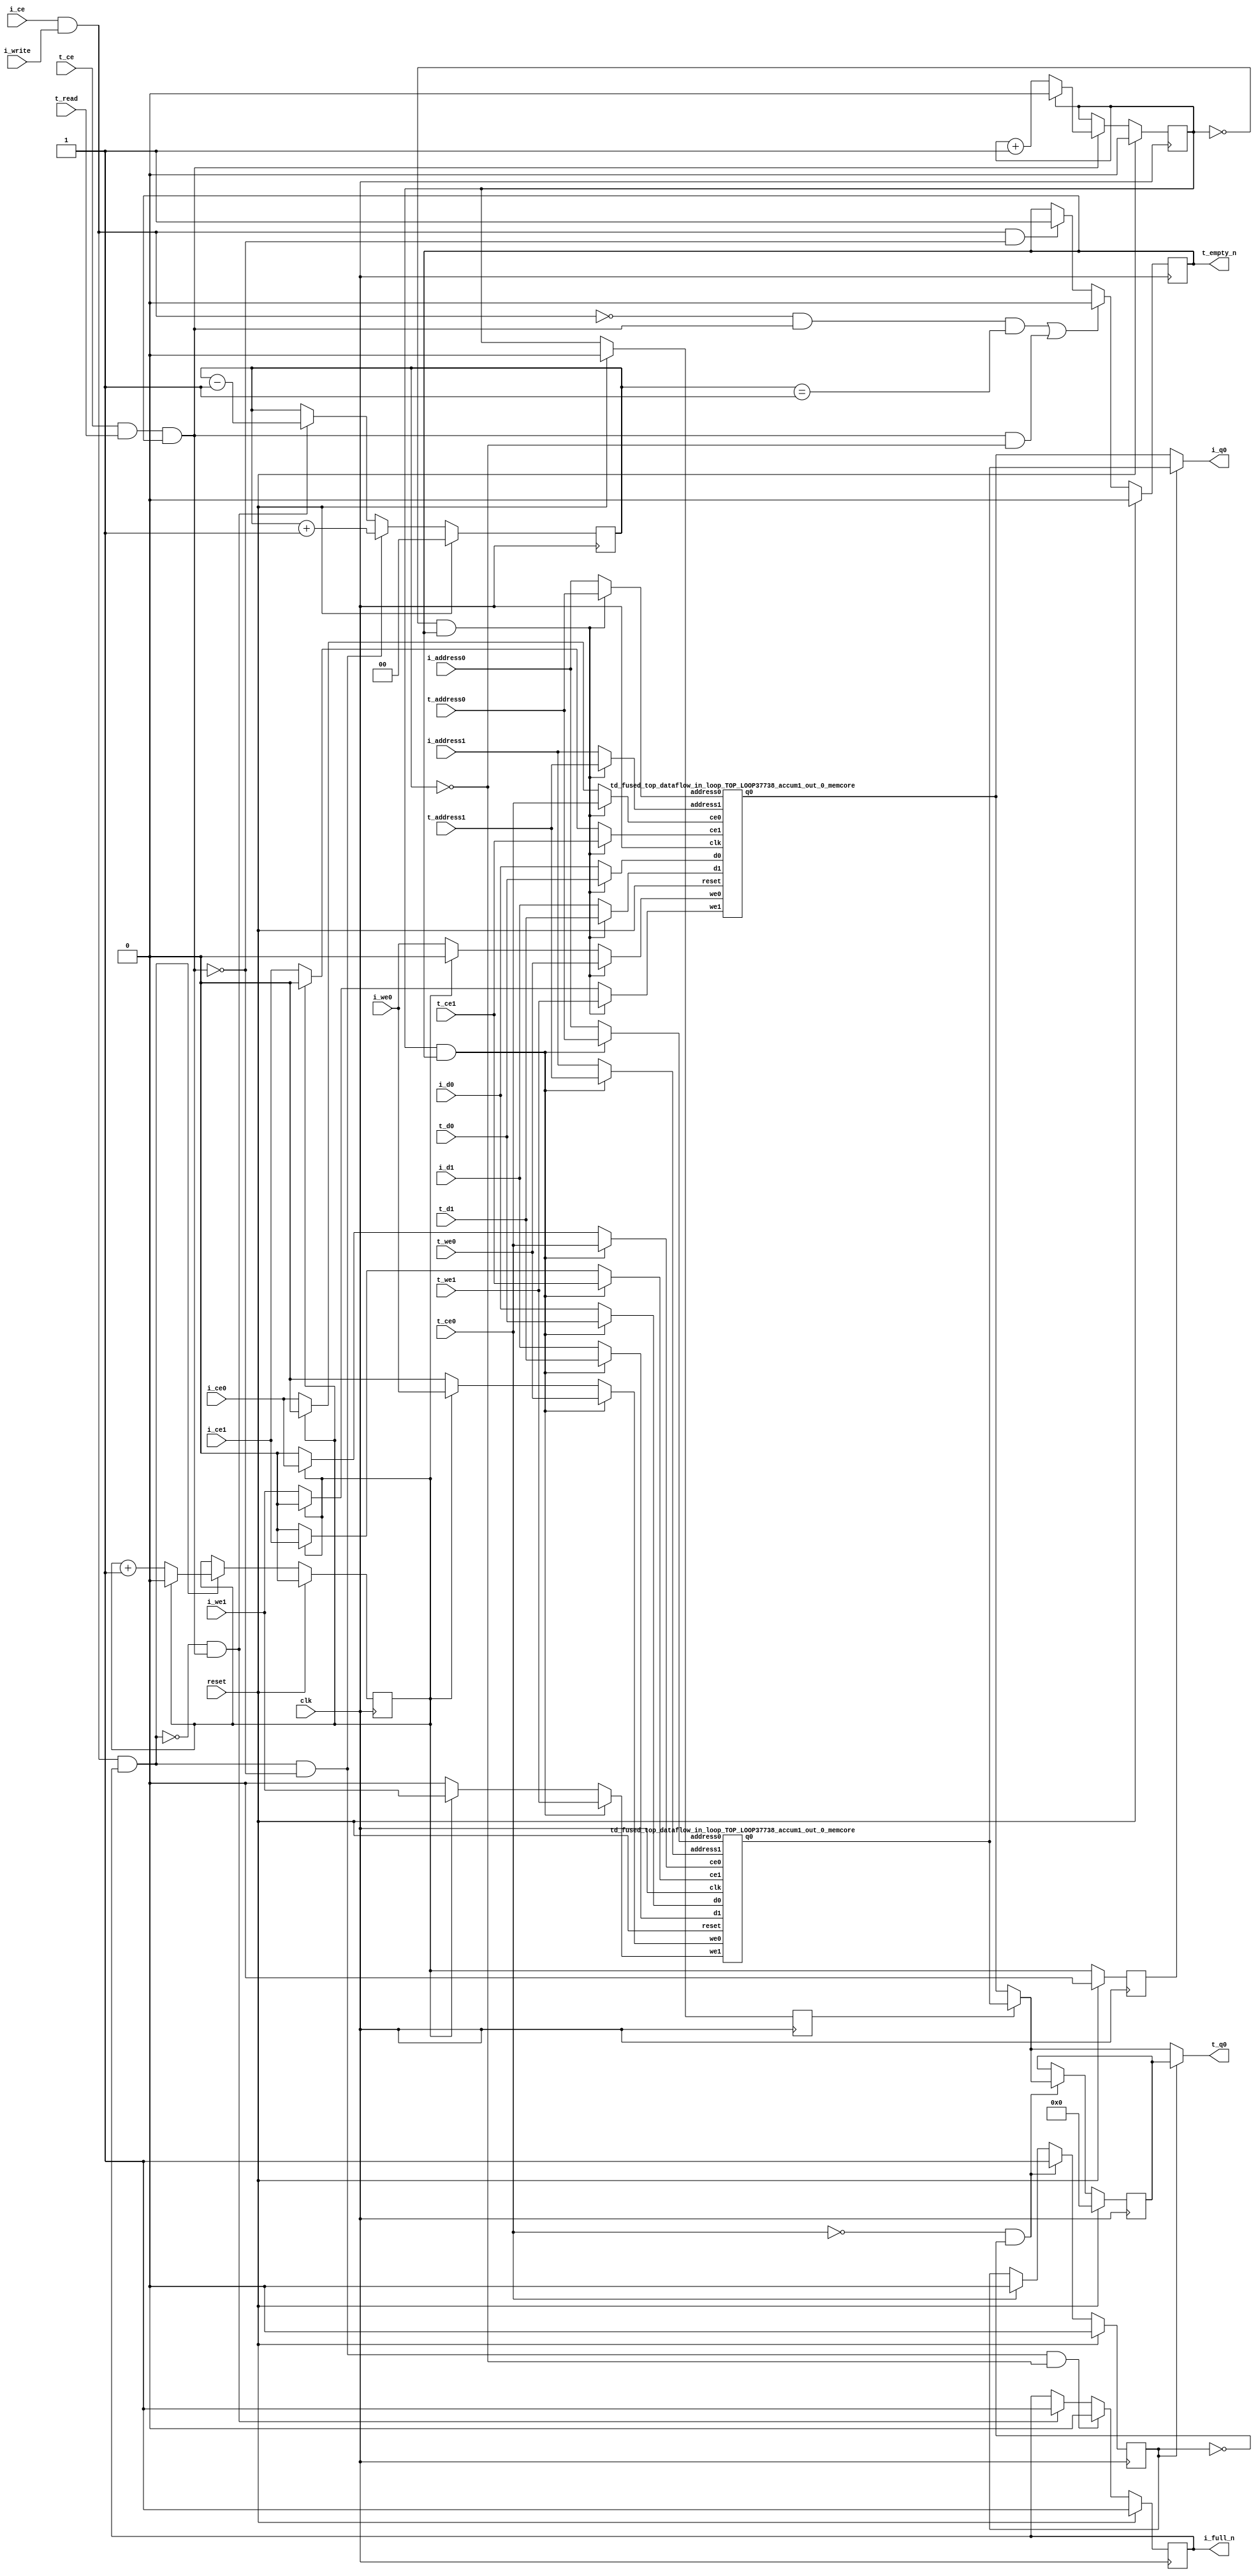
`define EXPONENT 5
`define MANTISSA 10
`define ACTUAL_MANTISSA 11
`define EXPONENT_LSB 10
`define EXPONENT_MSB 14
`define MANTISSA_LSB 0
`define MANTISSA_MSB 9
`define MANTISSA_MUL_SPLIT_LSB 3
`define MANTISSA_MUL_SPLIT_MSB 9
`define SIGN 1
`define SIGN_LOC 15
`define DWIDTH (`SIGN+`EXPONENT+`MANTISSA)
`define IEEE_COMPLIANCE 1

module td_fused_top_dataflow_in_loop_TOP_LOOP37738_accum1_out_0
#(parameter
    DataWidth    = 16,
    AddressRange = 32,
    AddressWidth = 3,
    BufferCount  = 2,
    MemLatency   = 1,
    IndexWidth   = 1
) (
    // system signals
    input  wire                    clk,
    input  wire                    reset,
    // initiator
    input  wire                    i_ce,
    input  wire                    i_write,
    output wire                    i_full_n,
    input  wire                    i_ce0,
    input  wire                    i_we0,
    input  wire [AddressWidth-1:0] i_address0,
    input  wire [DataWidth-1:0]    i_d0,
    output wire [DataWidth-1:0]    i_q0,
    input  wire                    i_ce1,
    input  wire                    i_we1,
    input  wire [AddressWidth-1:0] i_address1,
    input  wire [DataWidth-1:0]    i_d1,
    // target
    input  wire                    t_ce,
    input  wire                    t_read,
    output wire                    t_empty_n,
    input  wire                    t_ce0,
    input  wire                    t_we0,
    input  wire [AddressWidth-1:0] t_address0,
    input  wire [DataWidth-1:0]    t_d0,
    output wire [DataWidth-1:0]    t_q0,
    input  wire                    t_ce1,
    input  wire                    t_we1,
    input  wire [AddressWidth-1:0] t_address1,
    input  wire [DataWidth-1:0]    t_d1
);
//------------------------Local signal-------------------
// control/status
reg  [IndexWidth-1:0]   iptr    = 1'b0; // initiator index
reg  [IndexWidth-1:0]   tptr    = 1'b0; // target index
reg  [IndexWidth-1:0]   prev_iptr    = 1'b0; // previous initiator index
reg  [IndexWidth-1:0]   prev_tptr    = 1'b0; // previous target index
reg  [DataWidth-1:0]    reg_q0      = 1'b0; // buffer used if reader is stalled
reg                     reg_valid0    = 1'b0; // buffer has valid data
reg  [DataWidth-1:0]    reg_q1      = 1'b0; // buffer used if reader is stalled
reg                     reg_valid1    = 1'b0; // buffer has valid data
reg  [IndexWidth:0]     count   = 1'b0; // count of written buffers
reg                     full_n  = 1'b1; // whether all buffers are written
reg                     empty_n = 1'b0; // whether none of the buffers is written
wire                    push_buf;       // finish writing a buffer
wire                    write_buf;      // write a buffer
wire                    pop_buf;        // finish reading a buffer
// buffer signals
wire [BufferCount-1:0] buf_ce0;
wire [BufferCount-1:0] buf_we0;
wire [AddressWidth-1:0] buf_a0_0, buf_a0_1;
wire [DataWidth-1:0] buf_d0_0, buf_d0_1;
wire [DataWidth-1:0] buf_q0_0, buf_q0_1;
wire [BufferCount-1:0] buf_ce1;
wire [BufferCount-1:0] buf_we1;
wire [AddressWidth-1:0] buf_a1_0, buf_a1_1;
wire [DataWidth-1:0] buf_d1_0, buf_d1_1;
//------------------------Instantiation------------------
//genvar i;
        td_fused_top_dataflow_in_loop_TOP_LOOP37738_accum1_out_0_memcore td_fused_top_dataflow_in_loop_TOP_LOOP37738_accum1_out_0_memcore_U_0 (
            .reset    ( reset ),
            .clk      ( clk ),
            .address0 ( buf_a0_0 ),
            .ce0      ( buf_ce0[ 0 ] ),
            .we0      ( buf_we0[ 0 ] ),
            .d0       ( buf_d0_0 ),
            .q0       ( buf_q0_0 ),
            .address1 ( buf_a1_0 ),
            .ce1      ( buf_ce1[ 0 ] ),
            .we1      ( buf_we1[ 0 ] ),
            .d1       ( buf_d1_0 )
        );
        td_fused_top_dataflow_in_loop_TOP_LOOP37738_accum1_out_0_memcore td_fused_top_dataflow_in_loop_TOP_LOOP37738_accum1_out_0_memcore_U_1 (
            .reset    ( reset ),
            .clk      ( clk ),
            .address0 ( buf_a0_1 ),
            .ce0      ( buf_ce0[ 1 ] ),
            .we0      ( buf_we0[ 1 ] ),
            .d0       ( buf_d0_1 ),
            .q0       ( buf_q0_1 ),
            .address1 ( buf_a1_1 ),
            .ce1      ( buf_ce1[ 1 ] ),
            .we1      ( buf_we1[ 1 ] ),
            .d1       ( buf_d1_1 )
        );

//++++++++++++++++++++++++buffer signals+++++++++++++++++
        assign buf_ce0[ 0 ] = (tptr ==  0  && empty_n) ? t_ce0
                             : (iptr ==  0 ) ? i_ce0 : 1'b0;
        assign buf_a0_0  = (tptr ==  0  && empty_n) ?  t_address0 : i_address0;
        assign buf_we0[ 0 ] = (tptr ==  0  && empty_n)  ? t_we0
                             : (iptr ==  0 ) ? i_we0 : 1'b0;
        assign buf_d0_0  = (tptr ==  0  && empty_n) ? t_d0       : i_d0;
        assign buf_ce1[ 0 ] = (tptr ==  0  && empty_n) ? t_ce1
                             : (iptr ==  0 ) ? i_ce1 : 1'b0;
        assign buf_a1_0  = (tptr ==  0  && empty_n) ?  t_address1 : i_address1;
        assign buf_we1[ 0 ] = (tptr ==  0  && empty_n)  ? t_we1
                             : (iptr ==  0 ) ? i_we1 : 1'b0;
        assign buf_d1_0  = (tptr ==  0  && empty_n) ? t_d1       : i_d1;
        assign buf_ce0[ 1 ] = (tptr ==  1  && empty_n) ? t_ce0
                             : (iptr ==  1 ) ? i_ce0 : 1'b0;
        assign buf_a0_1  = (tptr ==  1  && empty_n) ?  t_address0 : i_address0;
        assign buf_we0[ 1 ] = (tptr ==  1  && empty_n)  ? t_we0
                             : (iptr ==  1 ) ? i_we0 : 1'b0;
        assign buf_d0_1  = (tptr ==  1  && empty_n) ? t_d0       : i_d0;
        assign buf_ce1[ 1 ] = (tptr ==  1  && empty_n) ? t_ce1
                             : (iptr ==  1 ) ? i_ce1 : 1'b0;
        assign buf_a1_1  = (tptr ==  1  && empty_n) ?  t_address1 : i_address1;
        assign buf_we1[ 1 ] = (tptr ==  1  && empty_n)  ? t_we1
                             : (iptr ==  1 ) ? i_we1 : 1'b0;
        assign buf_d1_1  = (tptr ==  1  && empty_n) ? t_d1       : i_d1;
//+++++++++++++++++++++++++++++++++++++++++++++++++++++++

//------------------------Body---------------------------
assign i_q0      = (prev_iptr == 1'b1 ? buf_q0_1 : buf_q0_0);
assign t_q0      = reg_valid0 ? reg_q0 : (prev_tptr == 1'b1 ? buf_q0_1 : buf_q0_0);

//++++++++++++++++++++++++output+++++++++++++++++++++++++
assign i_full_n  = full_n;
assign t_empty_n = empty_n;
//+++++++++++++++++++++++++++++++++++++++++++++++++++++++

//++++++++++++++++++++++++control/status+++++++++++++++++
assign push_buf = i_ce & i_write & full_n;
assign write_buf = i_ce & i_write;
assign pop_buf  = t_ce & t_read & empty_n;

// iptr
always @(posedge clk) begin
    if (reset == 1'b1)
        iptr <= 1'b0;
    else if (push_buf) begin
        if (iptr == BufferCount - 1'b1)
            iptr <= 1'b0;
        else
            iptr <= iptr + 1'b1;
    end
end

// tptr
always @(posedge clk) begin
    if (reset == 1'b1)
        tptr <= 1'b0;
    else if (pop_buf) begin
        if (tptr == BufferCount - 1'b1)
            tptr <= 1'b0;
        else
            tptr <= tptr + 1'b1;
    end
end

// prev_iptr
always @(posedge clk) begin
    if (reset == 1'b1)
        prev_iptr <= 1'b0;
    else begin
        prev_iptr <= iptr;
    end
end

// prev_tptr
always @(posedge clk) begin
    if (reset == 1'b1)
        prev_tptr <= 1'b0;
    else begin
        prev_tptr <= tptr;
    end
end

// reg_q0 and reg_valid0
always @(posedge clk) begin
    if (reset == 1'b1) begin
        reg_q0     <= 1'b0;
        reg_valid0 <= 1'b0;
    end else if (!t_ce0 && !reg_valid0) begin
        reg_q0     <= (prev_tptr == 1'b1 ? buf_q0_1 : buf_q0_0);
        reg_valid0 <= 1'b1;
    end else if (t_ce0) begin
        reg_valid0 <= 1'b0;
    end
end

// count
always @(posedge clk) begin
    if (reset == 1'b1)
        count <= 1'b0;
    else if (push_buf && !pop_buf)
        count <= count + 1'b1;
    else if (!push_buf && pop_buf)
        count <= count - 1'b1;
end

// full_n
always @(posedge clk) begin
    if (reset == 1'b1)
        full_n <= 1'b1;
    else if (push_buf && !pop_buf && count == BufferCount - 2'd2)
        full_n <= 1'b0;
    else if (!push_buf && pop_buf)
        full_n <= 1'b1;
end

// empty_n
always @(posedge clk) begin
    if (reset == 1'b1)
        empty_n <= 1'b0;
    else if ((!write_buf && pop_buf && count == 1'b1)
             || (pop_buf && count == 1'b0))
        empty_n <= 1'b0;
    else if (write_buf && !pop_buf)
        empty_n <= 1'b1;
end
//+++++++++++++++++++++++++++++++++++++++++++++++++++++++

endmodule
module td_fused_top_dataflow_in_loop_TOP_LOOP37738_accum1_out_0_memcore(
    reset,
    clk,
    address0,
    ce0,
    we0,
    d0,
    q0,
    address1,
    ce1,
    we1,
    d1);

parameter DataWidth = 32'd16;
parameter AddressRange = 32'd8;
parameter AddressWidth = 32'd3;
input reset;
input clk;
input[AddressWidth - 1:0] address0;
input ce0;
input we0;
input[DataWidth - 1:0] d0;
output[DataWidth - 1:0] q0;
input[AddressWidth - 1:0] address1;
input ce1;
input we1;
input[DataWidth - 1:0] d1;



td_fused_top_dataflow_in_loop_TOP_LOOP37738_accum1_out_0_memcore_ram td_fused_top_dataflow_in_loop_TOP_LOOP37738_accum1_out_0_memcore_ram_U(
    .clk( clk ),
    .addr0( address0 ),
    .ce0( ce0 ),
    .we0( we0 ),
    .d0( d0 ),
    .q0( q0 ),
    .addr1( address1 ),
    .ce1( ce1 ),
    .we1( we1 ),
    .d1( d1 )
);

endmodule
module td_fused_top_dataflow_in_loop_TOP_LOOP37738_accum1_out_0_memcore_ram (addr0, ce0, d0, we0, q0, addr1, ce1, d1, we1,  clk);

parameter DWIDTH = 16;
parameter AWIDTH = 3;
parameter MEM_SIZE = 8;

input[AWIDTH-1:0] addr0;
input ce0;
input[DWIDTH-1:0] d0;
input we0;
output reg[DWIDTH-1:0] q0;
input[AWIDTH-1:0] addr1;
input ce1;
input[DWIDTH-1:0] d1;
input we1;
input clk;

reg [DWIDTH-1:0] ram[MEM_SIZE-1:0];




always @(posedge clk)  
begin 
    if (ce0) begin
        if (we0) 
            ram[addr0] <= d0; 
        q0 <= ram[addr0];
    end
end


always @(posedge clk)  
begin 
    if (ce1) begin
        if (we1) 
            ram[addr1] <= d1; 
    end
end


endmodule